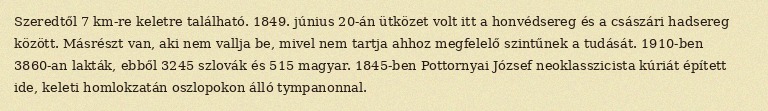
Szeredtől 7 km-re keletre található. 1849. június 20-án ütközet volt itt a honvédsereg és a császári hadsereg között. Másrészt van, aki nem vallja be, mivel nem tartja ahhoz megfelelő szintűnek a tudását. 1910-ben 3860-an lakták, ebből 3245 szlovák és 515 magyar. 1845-ben Pottornyai József neoklasszicista kúriát épített ide, keleti homlokzatán oszlopokon álló tympanonnal.